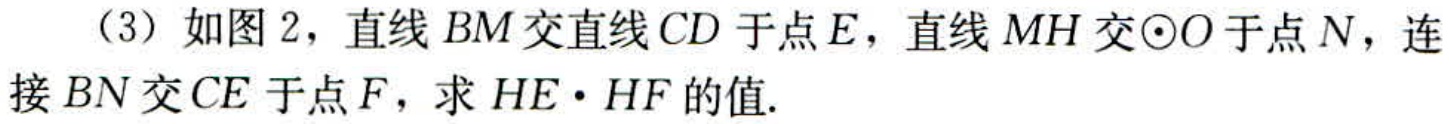
（3）如图2，直线$BM$交直线$CD$于点$E$，直线$MH$交$\odot O$于点$N$，连接$BN$交$CE$于点$F$，求$HE\cdot HF$的值.